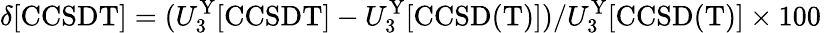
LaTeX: \delta[\mathrm{CCSDT}]=(U_{3}^{\mathrm{Y}}[\mathrm{CCSDT}]-U_{3}^{\mathrm{Y}}[\mathrm{CCSD(T)}])/U_{3}^{\mathrm{Y}}[\mathrm{CCSD(T)}]\times 100\